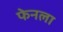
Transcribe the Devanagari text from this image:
फेनला